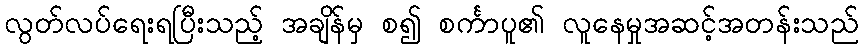
လွတ်လပ်ရေးရပြီးသည့် အချိန်မှ စ၍ စင်္ကာပူ၏ လူနေမှုအဆင့်အတန်းသည်